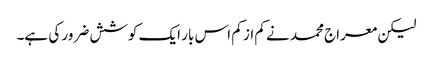
لیکن معراج محمد نے کم از کم اس بار ایک کوشش ضرور کی ہے۔